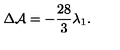
\Delta { \cal A } = - \frac { 2 8 } { 3 } \lambda _ { 1 } .